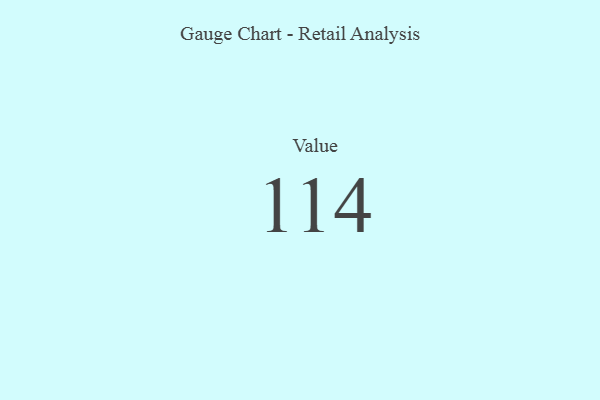
{"axis": {"x": "Metric", "y": "Value"}, "legend": [""], "data": [{"x": "Value", "y": 114, "type": ""}]}